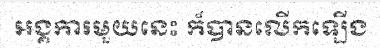
អង្គការមួយនេះ ក៏បានលើកឡើង